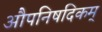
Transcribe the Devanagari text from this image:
औपनिषदिकम्